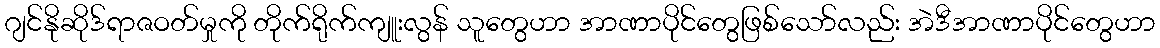
ဂျင်နိုဆိုဒ်ရာဇဝတ်မှုကို တိုက်ရိုက်ကျူးလွန် သူတွေဟာ အာဏာပိုင်တွေဖြစ်သော်လည်း အဲဒီအာဏာပိုင်တွေဟာ